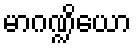
မာဂဏ္ဍိယော